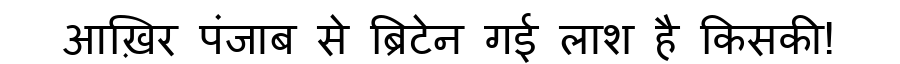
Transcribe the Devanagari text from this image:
आख़िर पंजाब से ब्रिटेन गई लाश है किसकी!